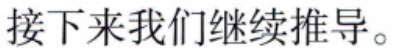
接下来我们继续推导。